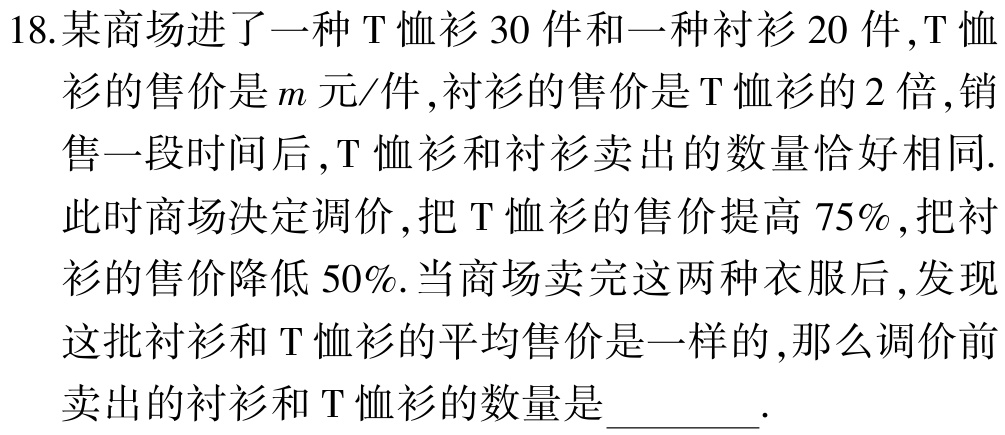
18.某商场进了一种T恤衫30件和一种衬衫20件,T恤衫的售价是\(m\)元/件,衬衫的售价是T恤衫的2倍,销售一段时间后,T恤衫和衬衫卖出的数量恰好相同.此时商场决定调价,把T恤衫的售价提高75%,把衬衫的售价降低50%.当商场卖完这两种衣服后,发现这批衬衫和T恤衫的平均售价是一样的,那么调价前卖出的衬衫和T恤衫的数量是________.